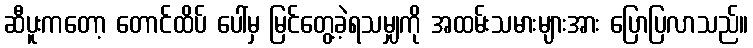
ဆီပူးကတော့ တောင်ထိပ် ပေါ်မှ မြင်တွေ့ခဲ့ရသမျှကို အထမ်းသမားများအား ပြောပြလာသည်။